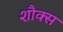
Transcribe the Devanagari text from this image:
शौक्स